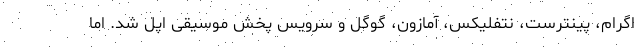
اگرام، پینترست، نتفلیکس، آمازون، گوگل و سرویس پخش موسیقی اپل شد. اما